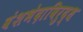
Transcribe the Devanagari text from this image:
वंशभेदाविरुद्ध